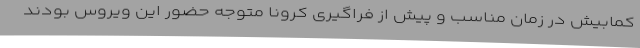
کمابیش در زمان مناسب و پیش از فراگیری کرونا متوجه حضور این ویروس بودند